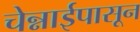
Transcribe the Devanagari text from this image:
चेन्नाईपासून